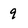
Character: 9